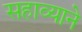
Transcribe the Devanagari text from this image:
सहाव्याने